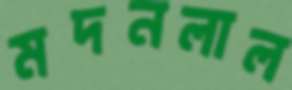
মদনলাল